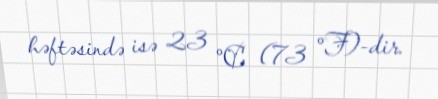
həftəsində isə 23 °C (73 °F)-dir.